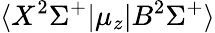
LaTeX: \langle X^{2}\Sigma^{+}|\mu_{z}|B^{2}\Sigma^{+}\rangle